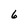
Character: 6